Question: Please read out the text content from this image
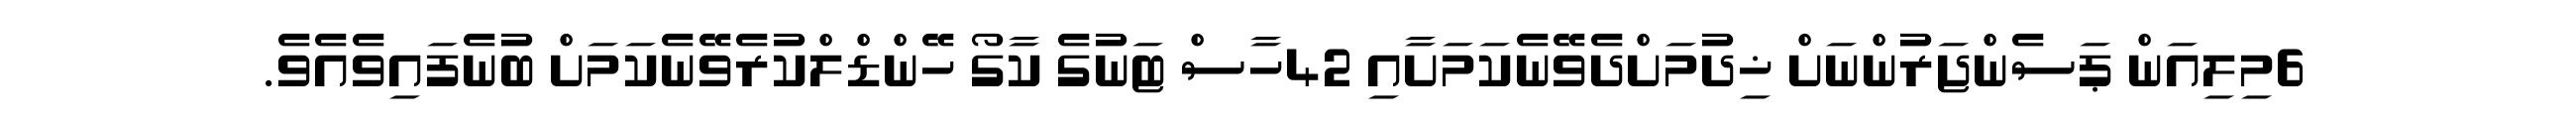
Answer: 6މިލިއަން ޕަސެންޖަރުންނަށް ޚިދުމަށްދެވޭނެކަމަށާއި 42ހާސް ޓަނުގެ ކާގޯ ހޭންޑްލްކުރެވޭނެކަމަށް ބުނެފައިވެއެވެ.